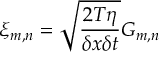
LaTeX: \xi _ { m , n } = \sqrt { \frac { 2 T \eta } { \delta x \delta t } } G _ { m , n }